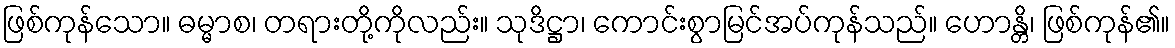
ဖြစ်ကုန်သော။ ဓမ္မာစ၊ တရားတို့ကိုလည်း။ သုဒိဋ္ဌာ၊ ကောင်းစွာမြင်အပ်ကုန်သည်။ ဟောန္တိ၊ ဖြစ်ကုန်၏။